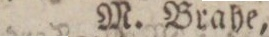
M. Brahe,